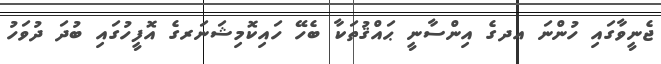
ޖެނީވާގައި ހުންނަ އދގެ އިންސާނީ ޙައްޤުތަކާ ބެހޭ ހައިކޮމިޝަނަރގެ އޮފީހުގައި ބުދަ ދުވަހު